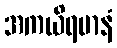
အကယိရမာနံ